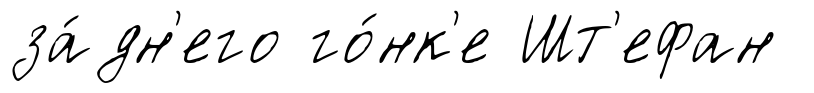
за́дн'его го́нк'е Шт'ефан